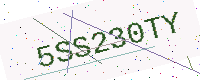
Text: 5SS230TY